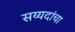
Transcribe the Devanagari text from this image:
सय्यदांचा